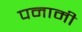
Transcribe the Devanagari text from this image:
पनामी